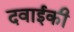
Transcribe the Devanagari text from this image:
दवाईकी